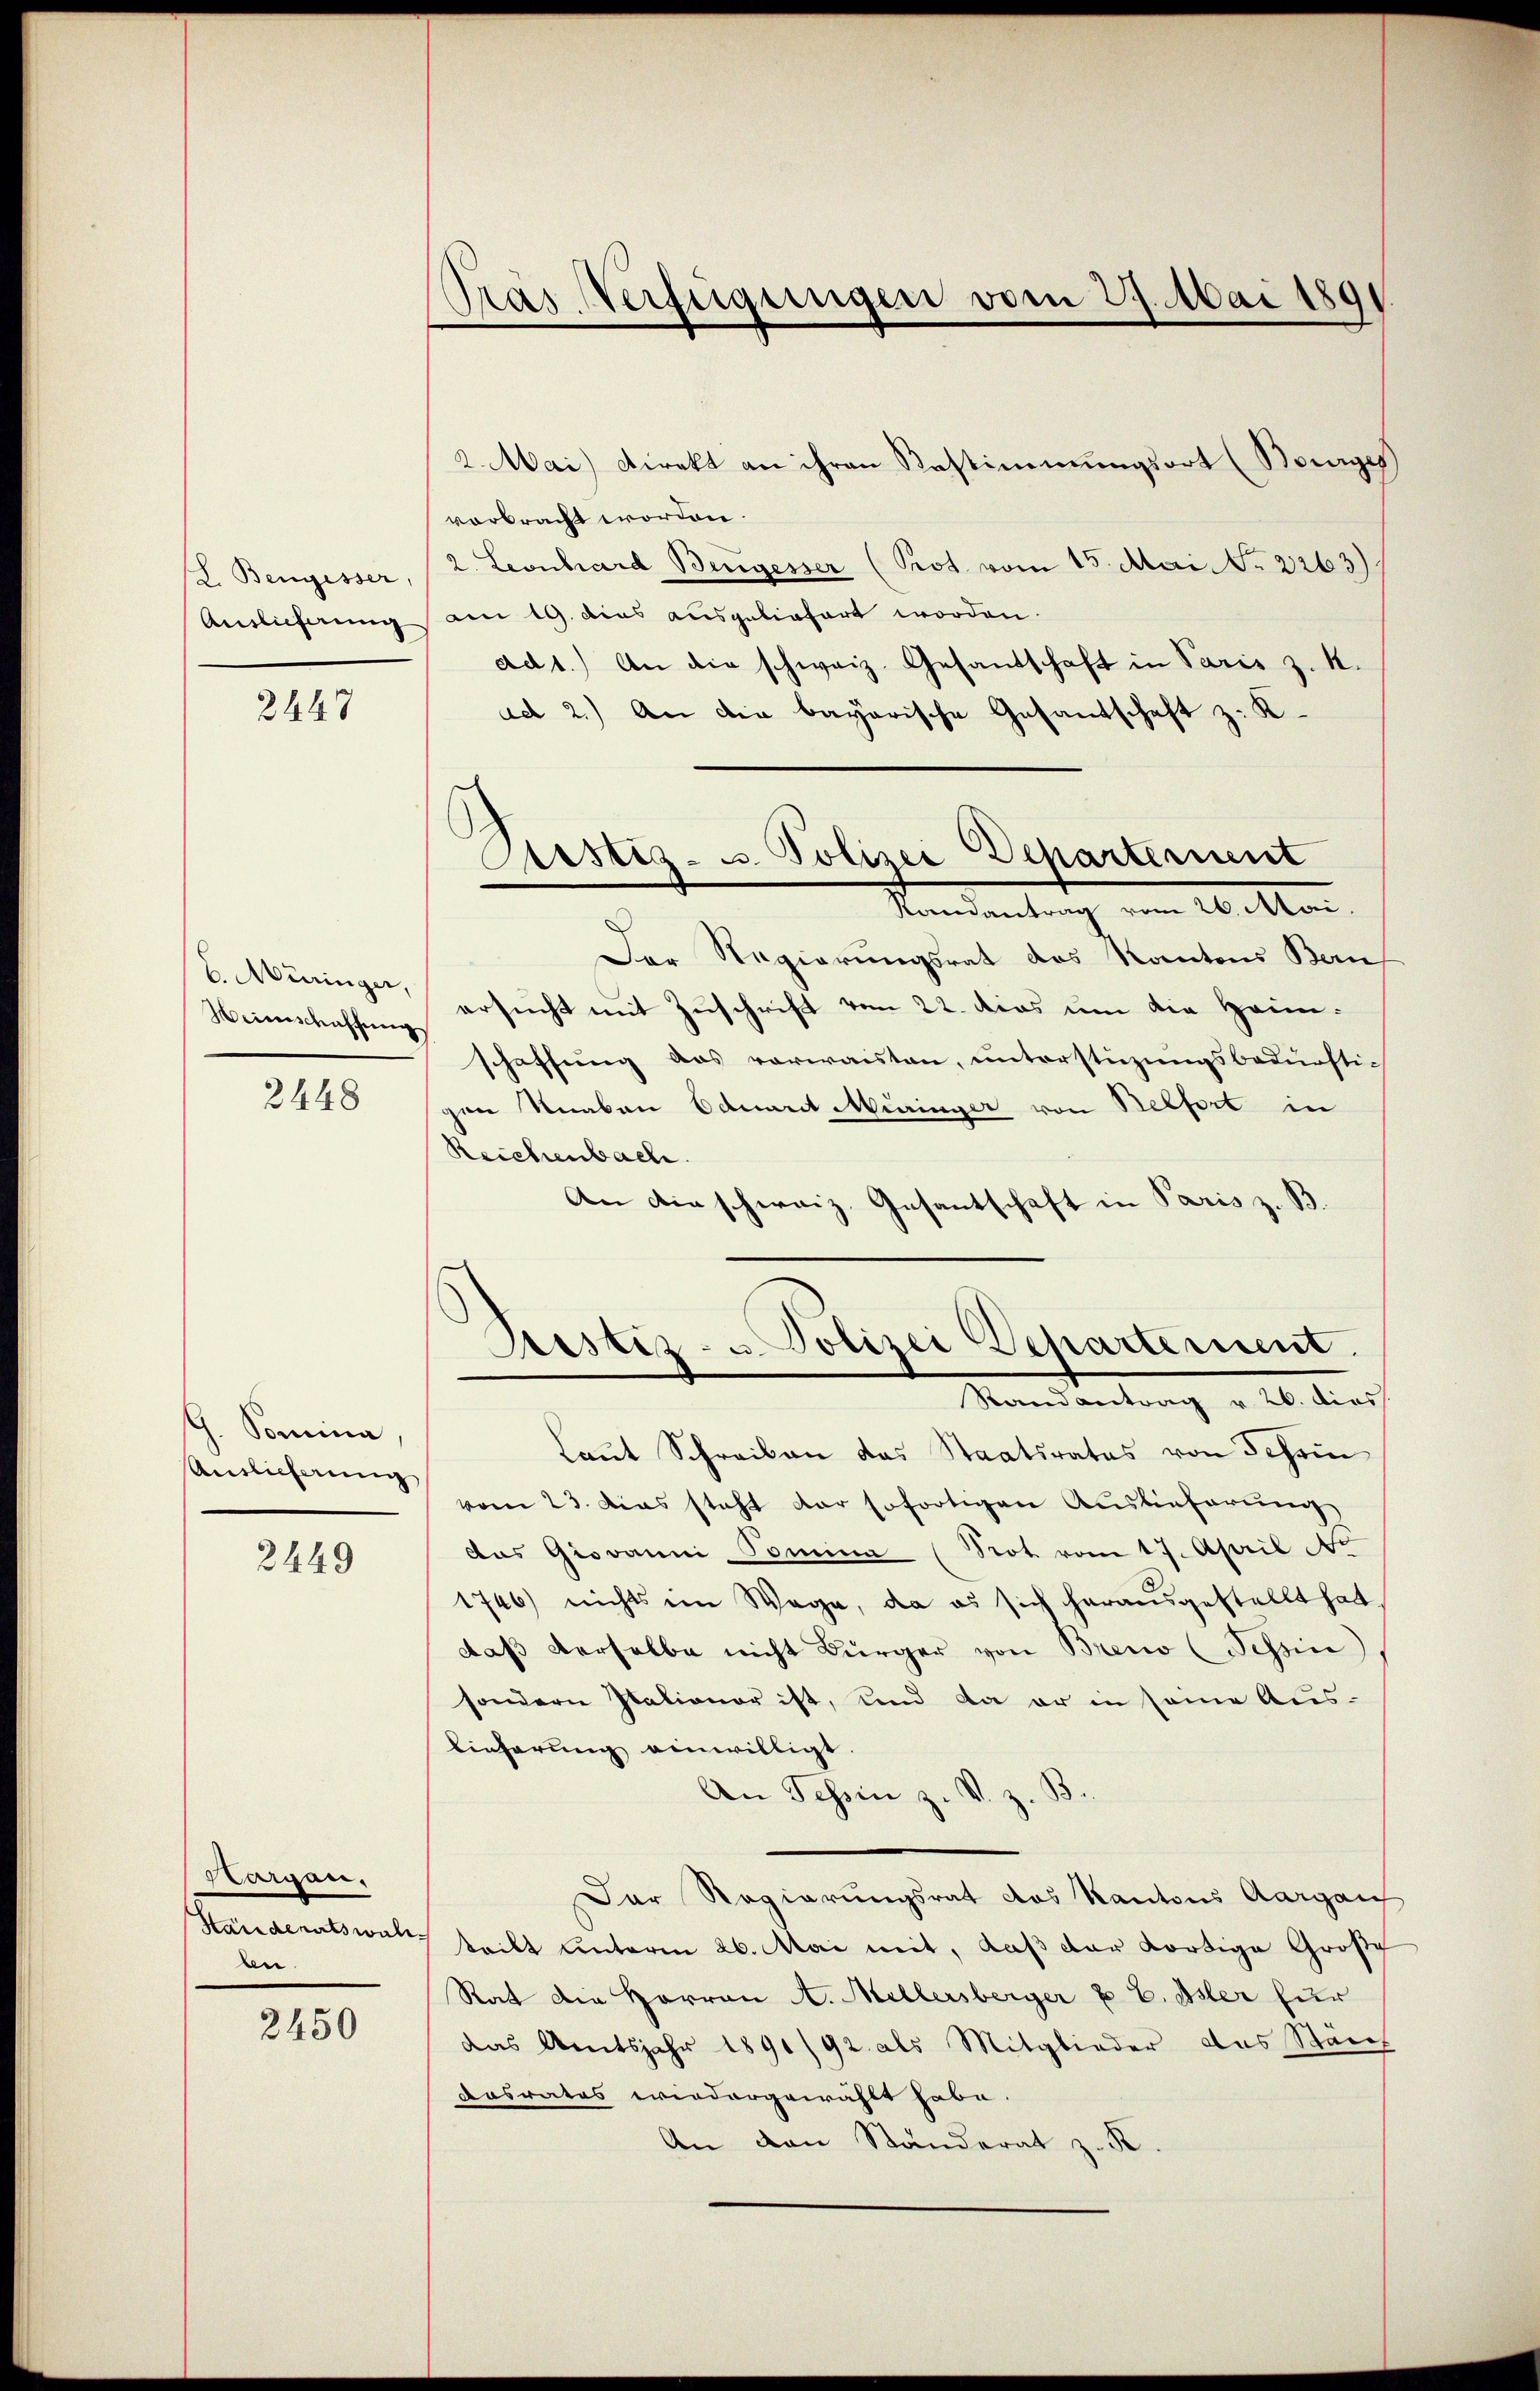
L. Bengesser,
Auslieferung

2447

6. Miringer,
Weinschaffung

2448

G. Somina.
Auslieferung

2449

Sargau,
Händeratswahl.
bei.

2450

Pras Verfügungen vom 27. Mai 189

2. Mai) Direkt an ihren Bestimmungsort (Bourges
vorbracht worden.
2. Leonhard Bergesser (Prot vom 15. Mai 7. 2263)
am 19. dies ausgeliefert worden.
ad1.) An die schweiz. Gesandschaft in Paris z. K.
ad 2.) An die bayerische Gesandschaft z. K.
Randantrag vom 26. Mai.
Der Regierungsrat des Kantons Bern,
ersucht mit Zuschrift vom 22. dies um die Heinschaffung das verwaisten, unterstüzungsbedürfti-
gen Knaben Eduart Muringer von Belfort in
Reichenbach.
An die schweiz. Gesantschaft in Paris z. B.
Justiz- u. Polizei Departement.
Randantrag v. 26. dies
Laut Schreiben das Staatsrates von Schrin
vom 23. Das steht der sofortigen Auslieferung
das Giovanni-Pomina (Not vom 17. April Ne
1746) nichts im Wege, da es sich herausgestellt hat
daβ derselbe nicht Bürger von Brend (Tessin
sondern Stationar ist, und da er in seine Auslieferung einwilligt.
An Tessin z. V. z. B.
Der Regierungsrat das Kantons Aargauf
teilt ŭnterm 26. Mai mit, daβ der dortige Große
Rat die Herren A. Millersberger u E. Oster für
das Amtsjahr 1891/92 als Mitglieder das Stanz
Aosrates wiedergewählt habe.
An den Ständerat z. R.

Astiz- u. Polizei Departerient